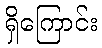
ရှိကြောင်း